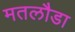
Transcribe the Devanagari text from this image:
मतलौडा